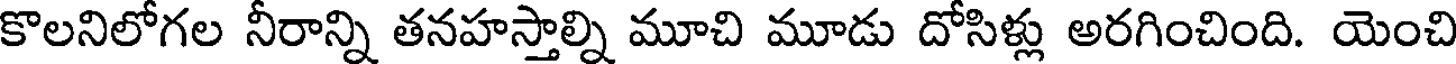
కొలనిలోగల నీరాన్ని తనహస్తాల్ని మూచి మూడు దోసిళ్లు అరగించింది. యెంచి